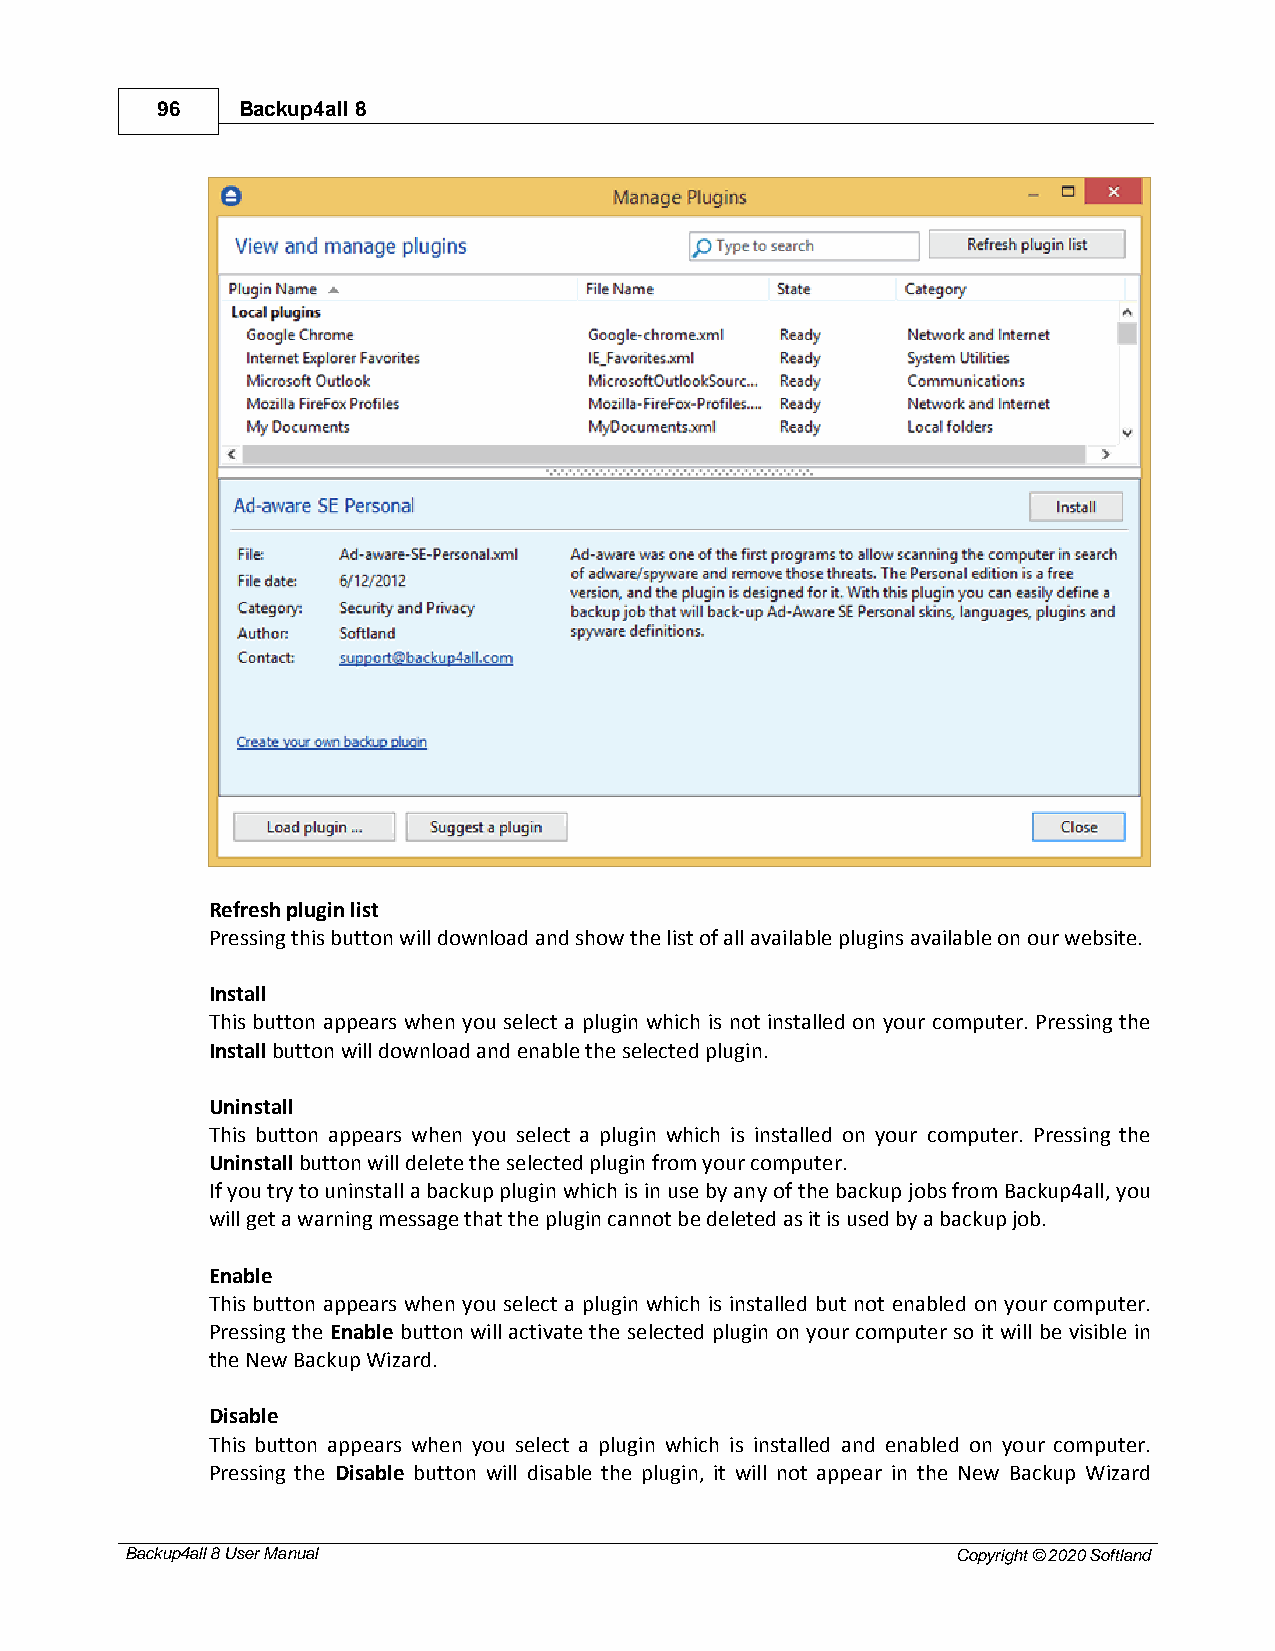
96    Backup4all 8
 Refresh plugin list
 Pressing this button will download and show the list of all available plugins available on our website.
 Install
 This button appears when you select a plugin which is not installed on your computer. Pressing the
 Install button will download and enable the selected plugin.
 Uninstall
 This button appears when you select a plugin which is installed on your computer. Pressing the
 Uninstall button will delete the selected plugin from your computer.
 If you try to uninstall a backup plugin which is in use by any of the backup jobs from Backup4all, you
 will get a warning message that the plugin cannot be deleted as it is used by a backup job.
 Enable
 This button appears when you select a plugin which is installed but not enabled on your computer.
 Pressing the Enable button will activate the selected plugin on your computer so it will be visible in
 the New Backup Wizard.
 Disable
 This button appears when you select a plugin which is installed and enabled on your computer.
 Pressing the Disable button will disable the plugin, it will not appear in the New Backup Wizard
 Backup4all 8 User Manual                               Copyright © 2020 Softland